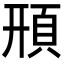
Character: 𩒖